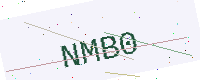
Text: NMB0